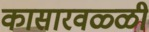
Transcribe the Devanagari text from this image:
कासारवळ्ळी